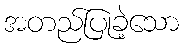
အတည်ပြုခဲ့သော